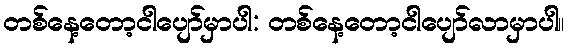
တစ်နေ့တော့ငါပျော်မှာပါ: တစ်နေ့တော့ငါပျော်လာမှာပါ။